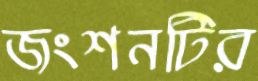
জংশনটির